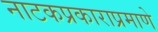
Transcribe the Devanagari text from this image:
नाटकप्रकाराप्रमाणे